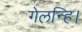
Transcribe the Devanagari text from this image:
गेलन्हि।